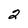
Character: 2